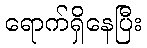
ရောက်ရှိနေပြီး